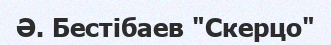
Ә. Бестібаев "Скерцо"